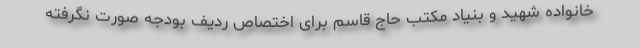
خانواده شهید و بنیاد مکتب حاج قاسم برای اختصاص ردیف بودجه صورت نگرفته